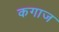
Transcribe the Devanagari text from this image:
कगाज